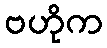
ဗဟိုက